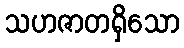
သဟဇာတရှိသော